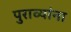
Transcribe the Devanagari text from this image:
पुराव्यांना